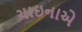
ચાઇનાએ